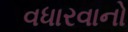
વધારવાનો